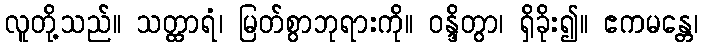
လူတို့သည်။ သတ္ထာရံ၊ မြတ်စွာဘုရားကို။ ဝန္ဒိတွာ၊ ရှိခိုး၍။ ဧကမန္တေ၊